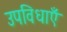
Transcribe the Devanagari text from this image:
उपविधाएँ